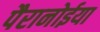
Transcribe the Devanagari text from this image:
पैरानोईया